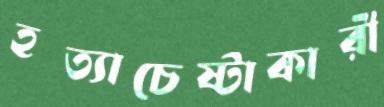
হত্যাচেষ্টাকারী